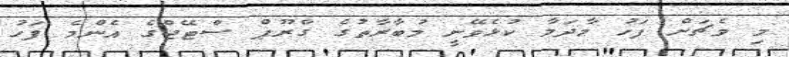
މި މެޗަށް ފަހު މާދަމާ ކުޅެވޭނީ މުބާރާތުގެ ގްރޫޕް ސްޓޭޖްގެ އެންމެ ފަހު